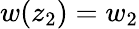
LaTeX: w(z_{2})=w_{2}